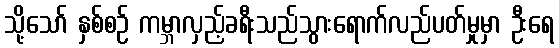
သို့သော် နှစ်စဉ် ကမ္ဘာလှည့်ခရီးသည်သွားရောက်လည်ပတ်မှုမှာ ဦးရေ